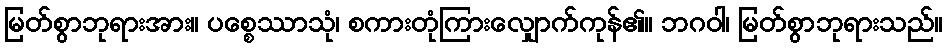
မြတ်စွာဘုရားအား။ ပစ္စေဿာသုံ၊ စကားတုံကြားလျှောက်ကုန်၏။ ဘဂဝါ၊ မြတ်စွာဘုရားသည်။